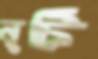
নুটি